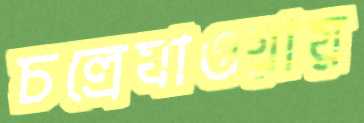
চল্রেযাওয়ায়